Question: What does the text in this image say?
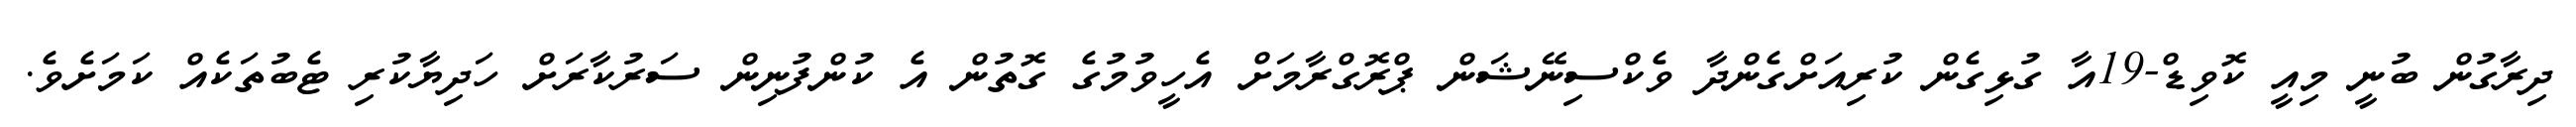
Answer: ދިރާގުން ބުނީ މިއީ ކޮވިޑް-19އާ ގުޅިގެން ކުރިއަށްގެންދާ ވެކްސިނޭޝަން ޕްރޮގްރާމަށް އެހީވުމުގެ ގޮތުން އެ ކުންފުނިން ސަރުކާރަށް ހަދިޔާކުރި ޓެބުތަކެއް ކަމަށެވެ.